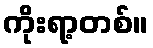
ကိုးရာ့တစ်။